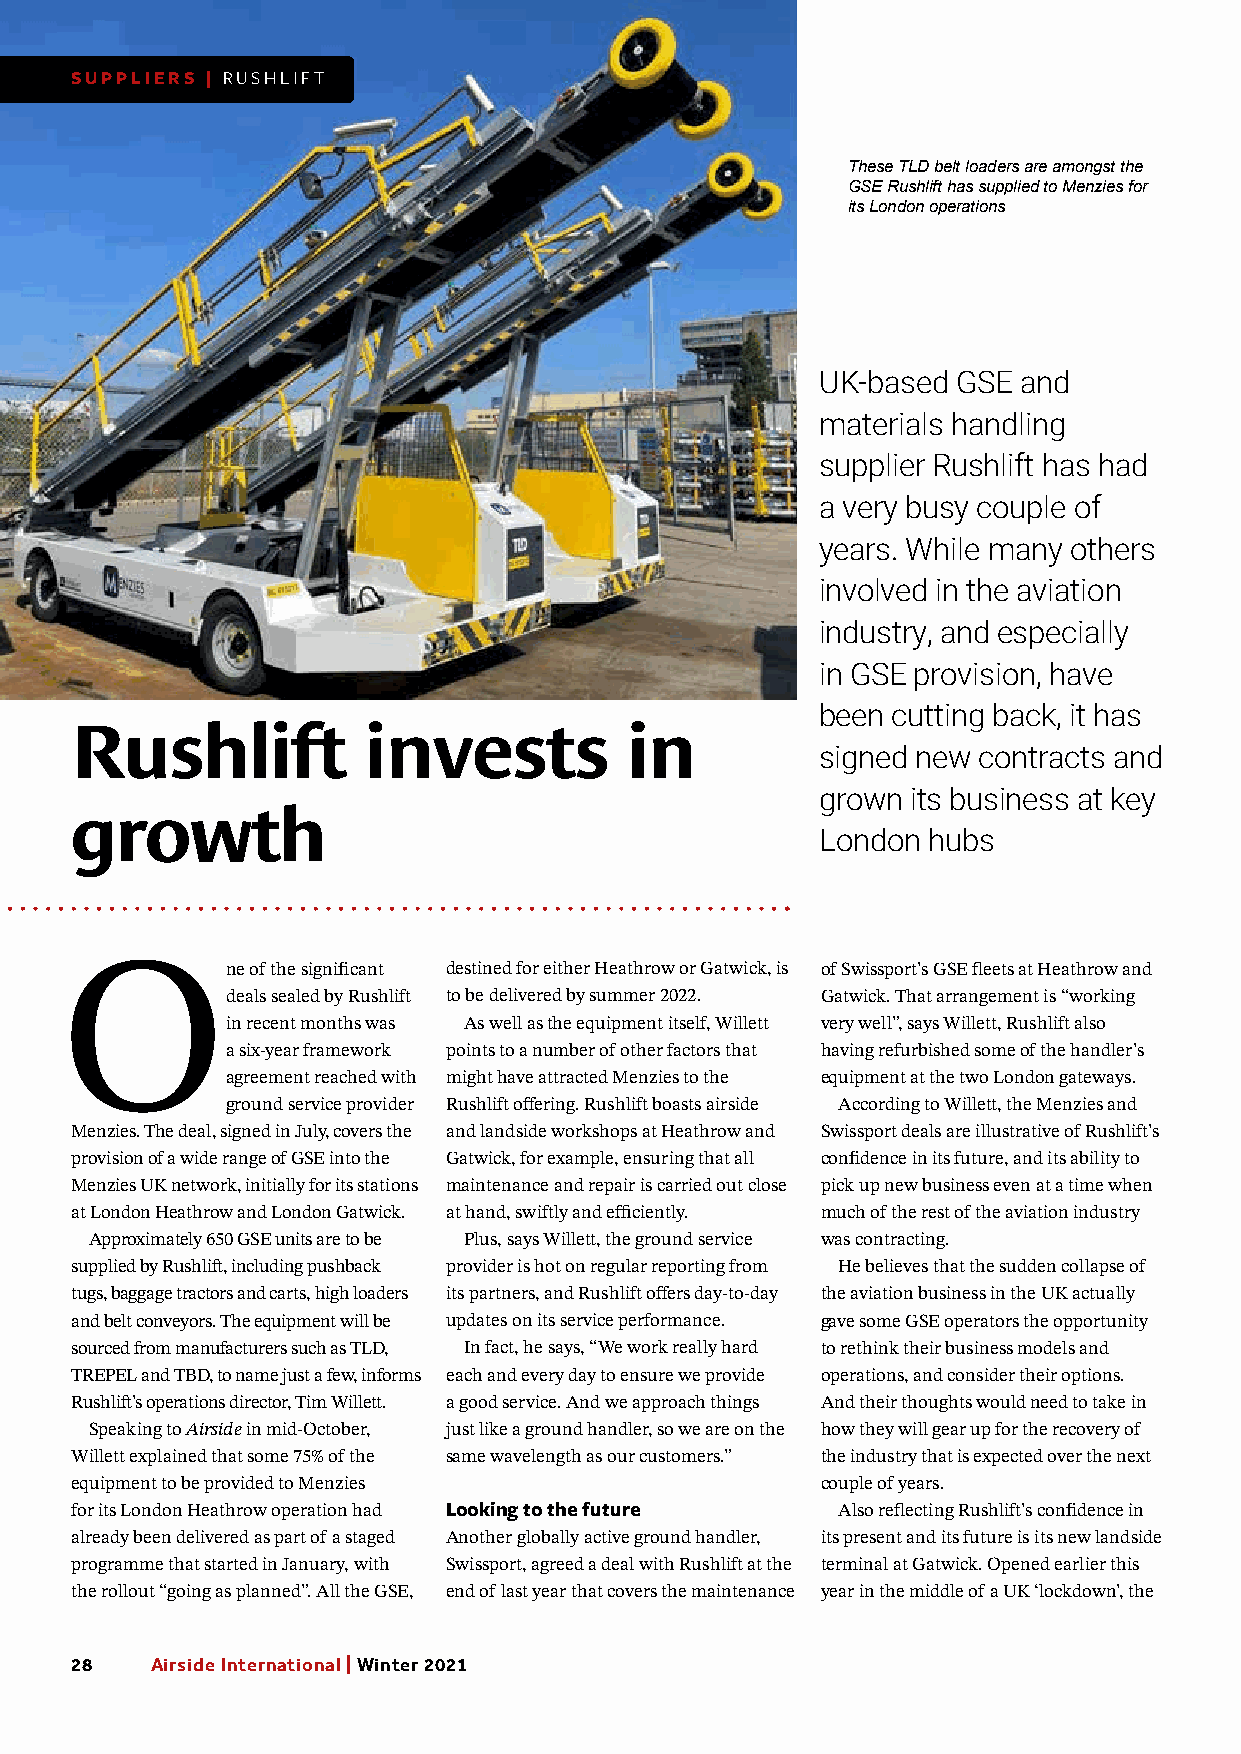
SUPPLIERS | RUSHLIFT
 These TLD belt loaders are amongst the
 GSE Rushlift has supplied to Menzies for
 its London operations
 UK-based GSE and
 materials handling
 supplier Rushlift has had
 a very busy couple of
 years. While many others
 involved in the aviation
 industry, and especially
 in GSE provision, have
 been cutting back, it has
 Rushlift           invests          in
 signed new contracts and
 grown its business at key
 growth
 London hubs
 One          of the significant destined for either Heathrow or Gatwick, is of Swissport’s GSE fleets at Heathrow and
 deals sealed by Rushlift to be delivered by summer 2022. Gatwick. That arrangement is “working
 in recent months was As well as the equipment itself, Willett very well”, says Willett, Rushlift also
 a six-year framework points to a number of other factors that having refurbished some of the handler’s
 agreement reached with might have attracted Menzies to the equipment at the two London gateways.
 ground service provider Rushlift offering. Rushlift boasts airside According to Willett, the Menzies and
 Menzies. The deal, signed in July, covers the and landside workshops at Heathrow and Swissport deals are illustrative of Rushlift’s
 provision of a wide range of GSE into the Gatwick, for example, ensuring that all confidence in its future, and its ability to
 Menzies UK network, initially for its stations maintenance and repair is carried out close pick up new business even at a time when
 at London Heathrow and London Gatwick. at hand, swiftly and efficiently. much of the rest of the aviation industry
 Approximately 650 GSE units are to be Plus, says Willett, the ground service was contracting.
 supplied by Rushlift, including pushback provider is hot on regular reporting from He believes that the sudden collapse of
 tugs, baggage tractors and carts, high loaders its partners, and Rushlift offers day-to-day the aviation business in the UK actually
 and belt conveyors. The equipment will be updates on its service performance. gave some GSE operators the opportunity
 sourced from manufacturers such as TLD, In fact, he says, “We work really hard to rethink their business models and
 TREPEL and TBD, to name just a few, informs each and every day to ensure we provide operations, and consider their options.
 Rushlift’s operations director, Tim Willett. a good service. And we approach things And their thoughts would need to take in
 Speaking to Airside in mid-October, just like a ground handler, so we are on the how they will gear up for the recovery of
 Willett explained that some 75% of the same wavelength as our customers.” the industry that is expected over the next
 equipment to be provided to Menzies              couple of years.
 for its London Heathrow operation had Looking to the future Also reflecting Rushlift’s confidence in
 already been delivered as part of a staged Another globally active ground handler, its present and its future is its new landside
 programme that started in January, with Swissport, agreed a deal with Rushlift at the terminal at Gatwick. Opened earlier this
 the rollout “going as planned”. All the GSE, end of last year that covers the maintenance year in the middle of a UK ‘lockdown’, the
 28   Airside International | Winter 2021